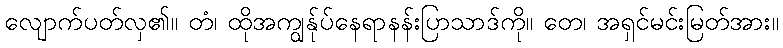
လျောက်ပတ်လှ၏။ တံ၊ ထိုအကျွန်ုပ်နေရာနန်းပြာသာဒ်ကို။ တေ၊ အရှင်မင်းမြတ်အား။